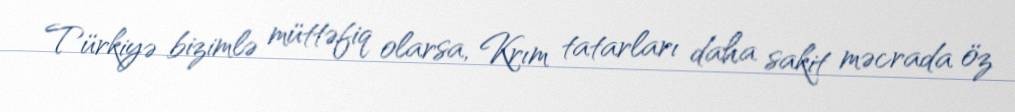
Türkiyə bizimlə müttəfiq olarsa, Krım tatarları daha sakit məcrada öz